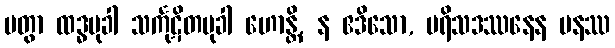
ပတွာ ထဒ္ဓမုခါ သင်္ကုဋိတမုခါ ဟောန္တိ, န ဧဒိသော, ပရိသဒဿနေန ပနဿ